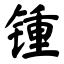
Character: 锺